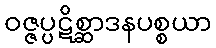
ဝဇ္ဇပ္ပဋိစ္ဆာဒနပစ္စယာ